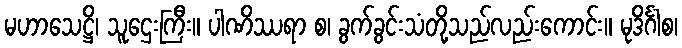
မဟာသေဋ္ဌိ၊ သူဌေးကြီး။ ပါဏိဿရာ စ၊ ခွက်ခွင်းသံတို့သည်လည်းကောင်း။ မုဒိင်္ဂါစ၊